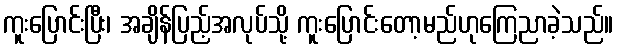
ကူးပြောင်းပြီး၊ အချိန်ပြည့်အလုပ်သို့ ကူးပြောင်းတော့မည်ဟုကြေညာခဲ့သည်။